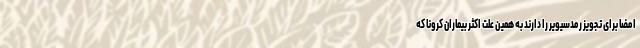
امضا برای تجویز رمدسیویر را دارند به همین علت اکثر بیماران کرونا که